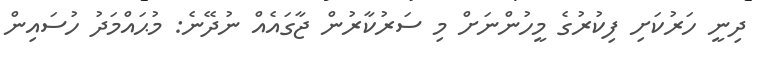
ދިނީ ހަރުކަށި ފިކުރުގެ މީހުންނަށް މި ސަރުކާރުން ޖާގައެއް ނުދޭނެ: މުޙައްމަދު ހުސައިން